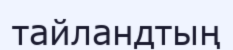
тайландтың